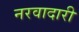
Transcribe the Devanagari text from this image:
नरवादारी